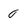
Character: 0